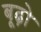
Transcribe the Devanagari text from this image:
बूढ़ो